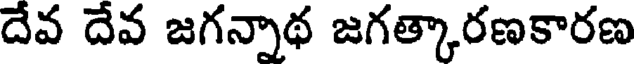
దేవ దేవ జగన్నాథ జగత్కారణకారణ